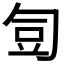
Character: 𭅋